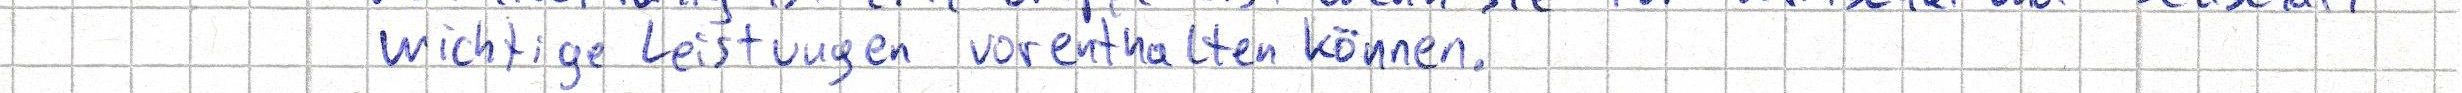
wichtige Leistungen vorenthalten können.